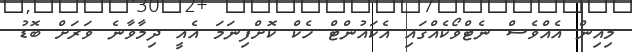
މިއިން އެއްވެސް ނެޓްވޯކެއްގައި އެކައުންޓް ހެކް ކޮށްފިނަމަ އެއީ ދިމާވާނެ ވަރަށް ބޮޑު